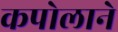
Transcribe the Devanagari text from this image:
कपोलाने